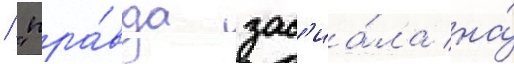
/ "пра́вда зас'иа́ла на́